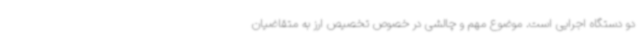
دو دستگاه اجرایی است. موضوع مهم و چالشی در خصوص تخصیص ارز به متقاضیان